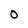
Character: O